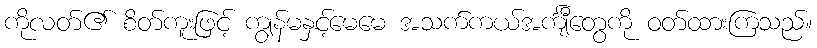
ကိုလတ်၏ စိတ်ကူးဖြင့် ကျွန်မနှင့်မေမေ အသက်ကယ်အင်္ကျီတွေကို ဝတ်ထားကြသည်။